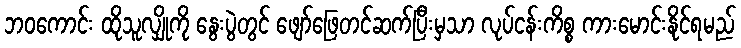
ဘဝကောင်း ထိုသူလျှိုကို နွေးပွဲတွင် ဖျော်ဖြေတင်ဆက်ပြီးမှသာ လုပ်ငန်းကိစ္စ ကားမောင်းနိုင်ရမည်